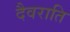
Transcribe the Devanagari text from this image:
दैवराति